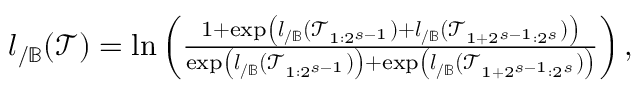
\begin{array} { r } { \boldsymbol { l } _ { / \mathbb { B } } ( \mathcal { T } ) = \ln \left( \frac { 1 + \exp \left( \boldsymbol { l } _ { / \mathbb { B } } ( \mathcal { T } _ { 1 : 2 ^ { s - 1 } } ) + \boldsymbol { l } _ { / \mathbb { B } } ( \mathcal { T } _ { 1 + 2 ^ { s - 1 } : 2 ^ { s } } ) \right) } { \exp \left( \boldsymbol { l } _ { / \mathbb { B } } ( \mathcal { T } _ { 1 : 2 ^ { s - 1 } } ) \right) + \exp \left( \boldsymbol { l } _ { / \mathbb { B } } ( \mathcal { T } _ { 1 + 2 ^ { s - 1 } : 2 ^ { s } } ) \right) } \right) , } \end{array}